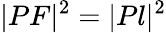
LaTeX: |PF|^{2}=|Pl|^{2}